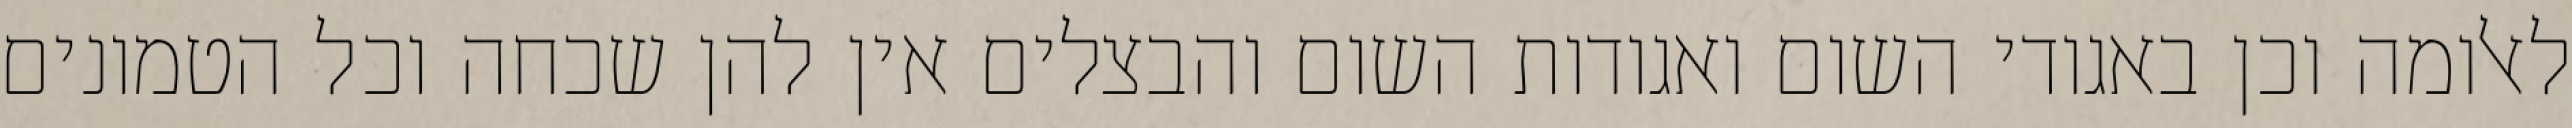
לאלומה וכן באגודי השום ואגודות השום והבצלים אין להן שכחה וכל הטמונים